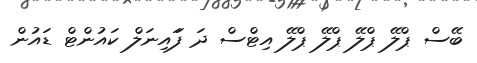
ބޭސް ޕްލޭ ޕްލޭ ޕްލޭ ޕްލޭ އިޓްސް ދަ ފަައިނަލް ކައުންޓް ޑައުން